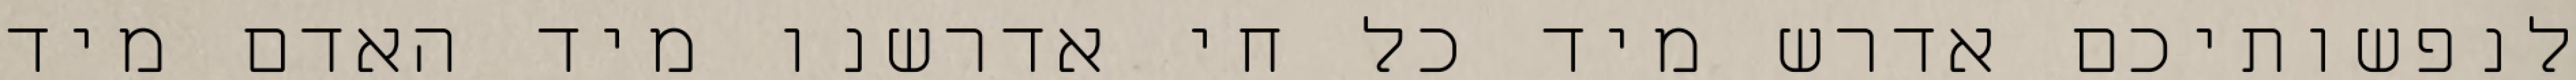
לנפשותיכם אדרש מיד כל חי אדרשנו מיד האדם מיד